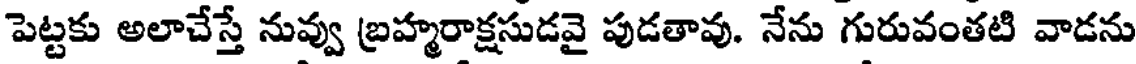
పెట్టకు అలాచేస్తే నువ్వు బ్రహ్మరాక్షసుడవై పుడతావు. నేను గురువంతటి వాడను